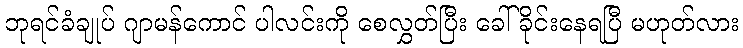
ဘုရင်ခံချုပ် ဂျာမန်ကောင် ပါလင်းကို စေလွှတ်ပြီး ခေါ်ခိုင်းနေရပြီ မဟုတ်လား